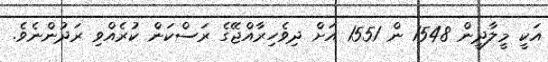
އަކީ މީލާދީން 1548 ން 1551 އަށް ދިވެހިރާއްޖޭގެ ރަސްކަން ކުރެއްވި ރަދުންނެވެ.